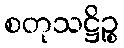
စတုသဋ္ဌိဉ္စ